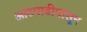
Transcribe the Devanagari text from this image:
आटपाडीपासून